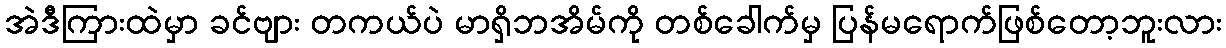
အဲဒီကြားထဲမှာ ခင်ဗျား တကယ်ပဲ မာရှိဘအိမ်ကို တစ်ခေါက်မှ ပြန်မရောက်ဖြစ်တော့ဘူးလား